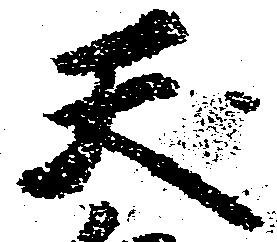
天